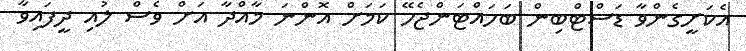
އެކަށީގެންވާ ޑަސްޓްބިން ބަހައްޓަންޖެހޭ ކަމަށް އޮންނަ މާއްދާ އަށް ވެސް ލުއި ދީފައިވާ